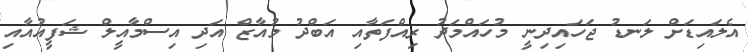
އެލައިޑަށް ލަނޑު ޖަހައިދިނީ މުހައްމަދު ރިއްފަތާއި އަބްދު މުއާޒް އަދި އިސްމާއީލް ޝަފީއުއާއި